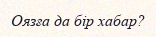
Оязға да бір хабар?